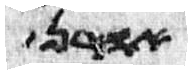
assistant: אהרן